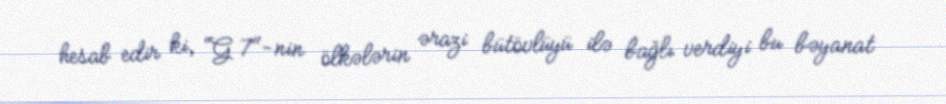
hesab edir ki, “G 7"-nin ölkələrin ərazi bütövlüyü ilə bağlı verdiyi bu bəyanat